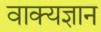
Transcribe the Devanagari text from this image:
वाक्यज्ञान